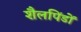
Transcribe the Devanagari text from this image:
शैलपिंडों